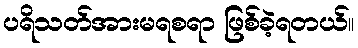
ပရိသတ်အားမရစရာ ဖြစ်ခဲ့ရတယ်။